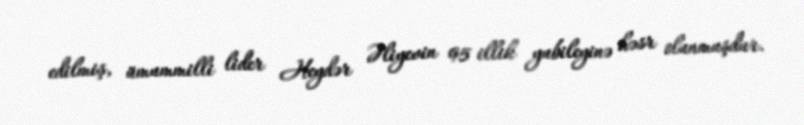
edilmiş, ümummilli lider Heydər Əliyevin 95 illik yubileyinə həsr olunmuşdur.